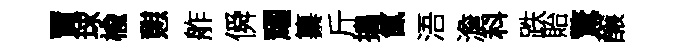
賈球楡憇舴僢耀纂斤搗氤浯澹科跌貽驚醸